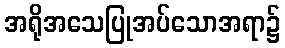
အရိုအသေပြုအပ်သောအရာ၌